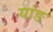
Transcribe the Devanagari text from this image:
यांङ